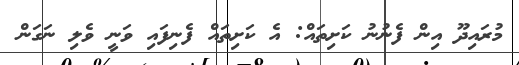
މުރައިދޫ އިން ފެނުނު ކަށިތައް: އެ ކަށިތައް ފެނިފައި ވަނީ ވެލި ނަގަން